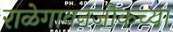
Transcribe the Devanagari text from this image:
राळेगावनजीकच्या